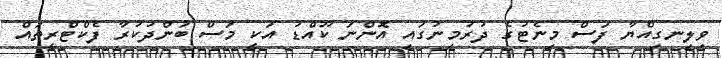
ވިލިނގިއްޔާ ފަސް މިނެޓުގެ ދުރުމިނުގައި އޮންނަ ކޫއްޑު އަކީ މަސް ބަންދުކުރާ ފެކްޓްރީތައް